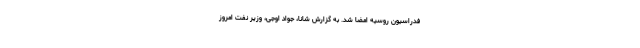
فدراسیون روسیه امضا شد. به گزارش شانا، جواد اوجی، وزیر نفت امروز